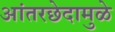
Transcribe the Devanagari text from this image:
आंतरछेदामुळे